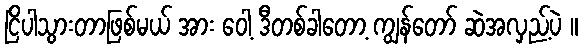
ငြိပါသွားတာဖြစ်မယ် အား ဝေါ့ ဒီတစ်ခါတော့ ကျွန်တော် ဆဲအလှည့်ပဲ ။